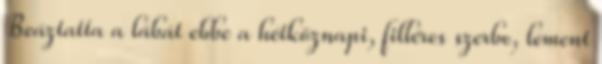
Beáztatta a lábát ebbe a hétköznapi, filléres szerbe, lement